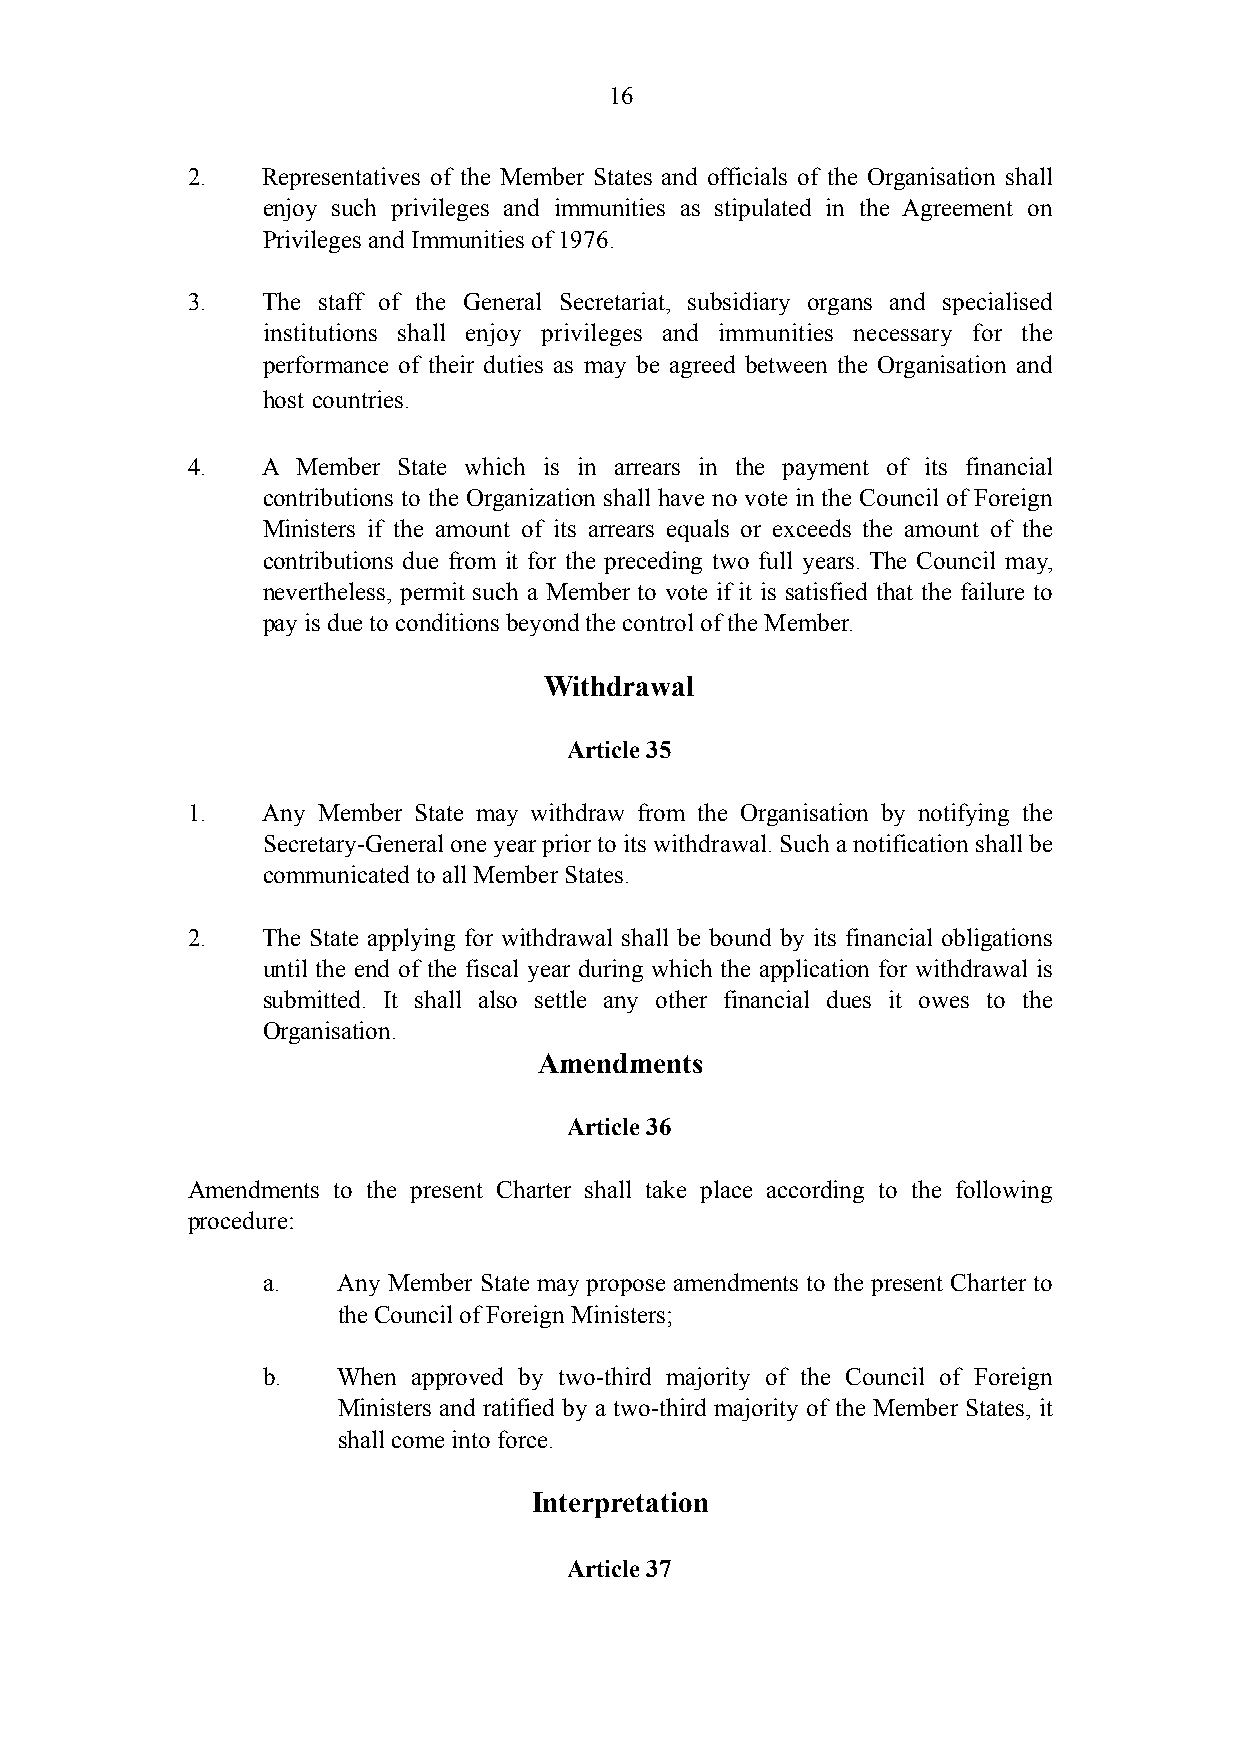
!16
 2.   Representatives of the Member States and officials of the Organisation shall
 enjoy such privileges and immunities as stipulated in the Agreement on
 Privileges and Immunities of 1976.
 3.   The staff of the General Secretariat, subsidiary organs and specialised
 institutions shall enjoy privileges and immunities necessary for the
 performance of their duties as may be agreed between the Organisation and
 host countries.
 4.   A  Member State which is in arrears in the payment of its financial
 contributions to the Organization shall have no vote in the Council of Foreign
 Ministers if the amount of its arrears equals or exceeds the amount of the
 contributions due from it for the preceding two full years. The Council may,
 nevertheless, permit such a Member to vote if it is satisfied that the failure to
 pay is due to conditions beyond the control of the Member.
 Withdrawal
 Article 35
 1.   Any Member State may withdraw from the Organisation by notifying the
 Secretary-General one year prior to its withdrawal. Such a notification shall be
 communicated to all Member States.
 2.   The State applying for withdrawal shall be bound by its financial obligations
 until the end of the fiscal year during which the application for withdrawal is
 submitted. It shall also settle any other financial dues it owes to the
 Organisation.
 Amendments
 Article 36
 Amendments to the present Charter shall take place according to the following
 procedure:
 a.   Any Member State may propose amendments to the present Charter to
 the Council of Foreign Ministers;
 b.   When approved by two-third majority of the Council of Foreign
 Ministers and ratified by a two-third majority of the Member States, it
 shall come into force.
 Interpretation
 Article 37